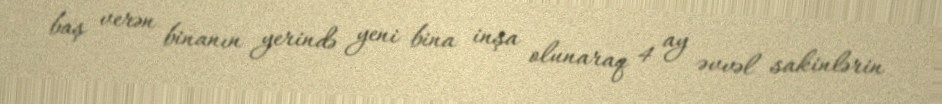
baş verən binanın yerində yeni bina inşa olunaraq 4 ay əvvəl sakinlərin